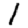
Digit: 1